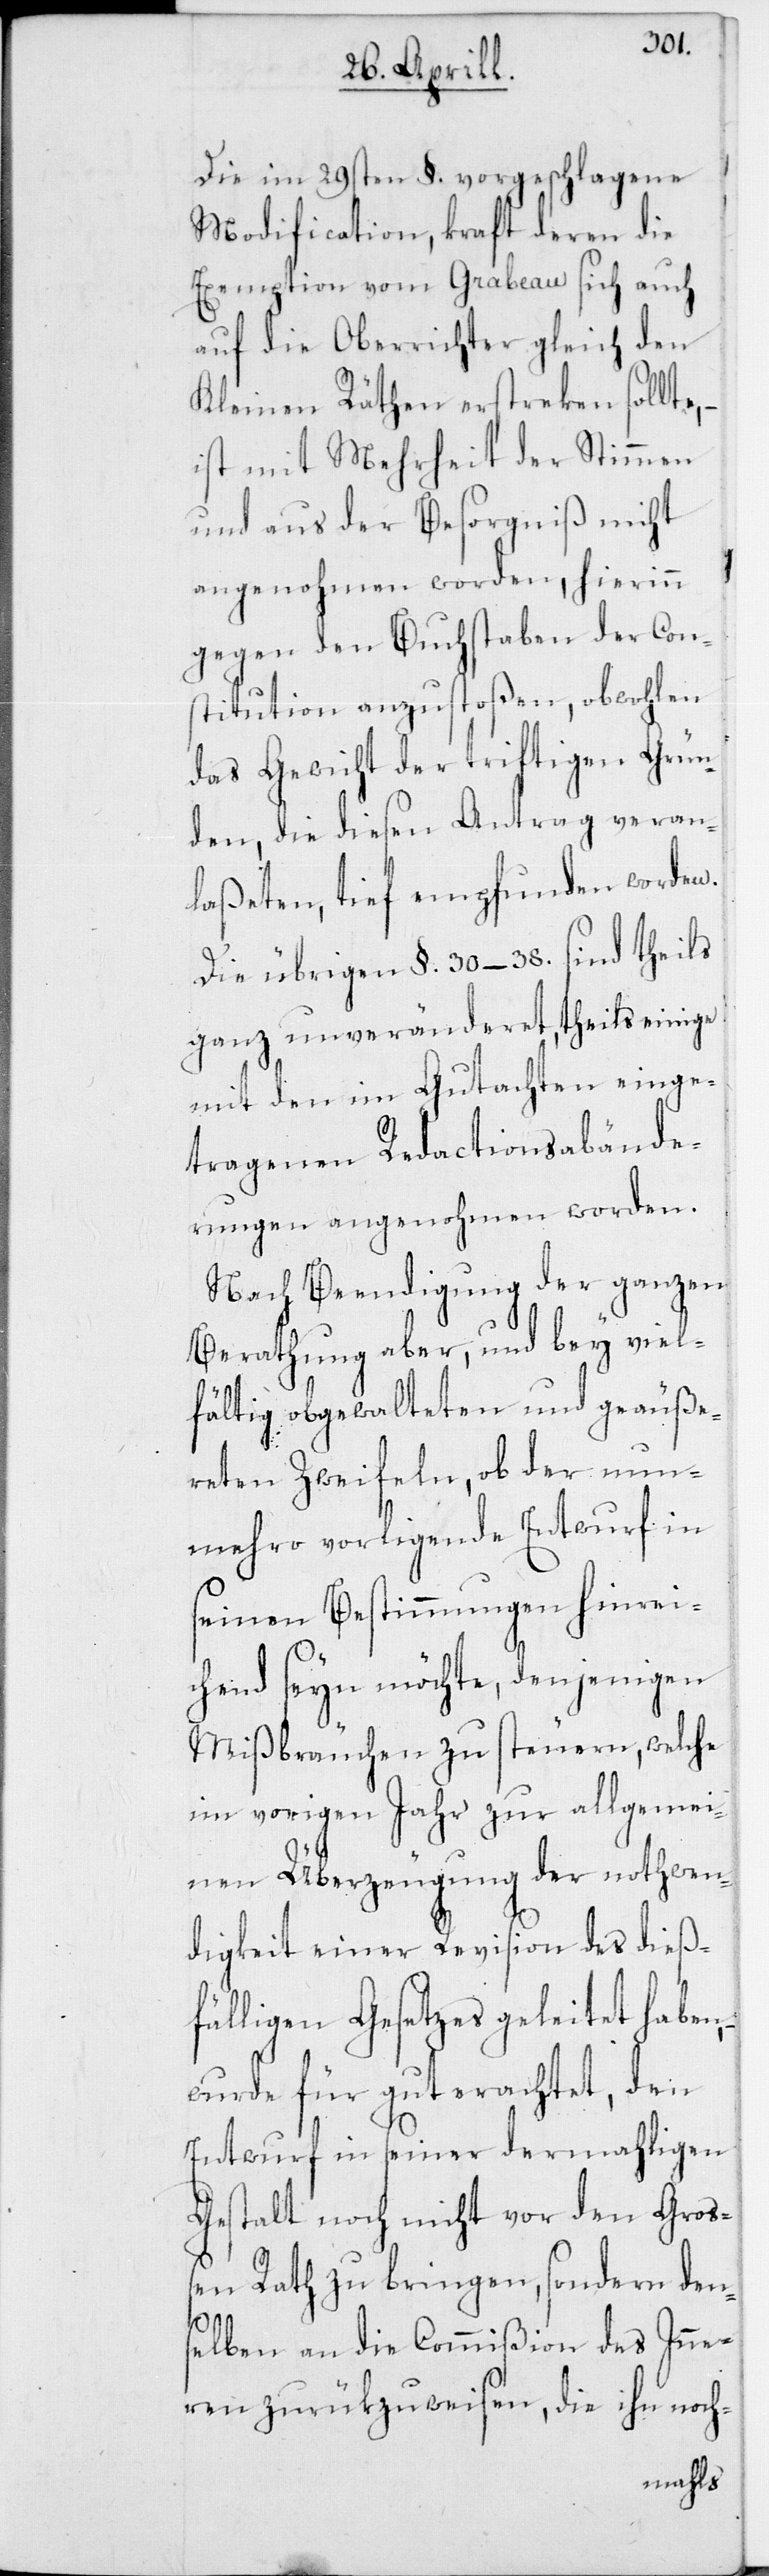
Die im 29sten §. vorgeschlagene
Modification, kraft deren die
Exemption vom Grabeau sich auch
auf die Oberrichter gleich den
Kleinen Räthen erstreken sollte,
ist mit Mehrheit der Stimmen
und aus der Besorgniß nicht
angenohmen worden, hierinn
gegen den Buchstaben der Con¬
stitution anzustoßen, obwohlen
das Gewicht der triftigen Grün¬
den, die diesen Antrag veran¬
laßeten, tief empfunden worden.
Die übrigen §. 30.–38. sind theils
ganz unveränderet, theils einige
mit den im Gutachten einge¬
tragenen Redactionsabände¬
rungen angenohmen worden.
Nach Beendigung der ganzen
Berathung aber, und bey viel¬
fältig obgewalteten und geäuße¬
reten Zweifeln, ob der nun¬
mehro vorligende Entwurf in
seinen Bestimmungen hinrei¬
chend seyn möchte, denjenigen
Mißbräuchen zu steuern, welche
im vorigen Jahr zur allgemei¬
nen Überzeugung der nothwen¬
digkeit einer Revision des dieß¬
fälligen Gesetzes geleitet haben,
wurde für gut erachtet, den
Entwurf in seiner dermahligen
Gestalt noch nicht vor den Groß¬
en Rath zu bringen, sondern den¬
selben an die Commißion des Inne¬
ren zurükzuweisen, die ihn noch-